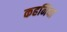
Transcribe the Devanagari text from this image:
कहनिया